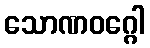
သောဏဝဂ္ဂေါ